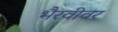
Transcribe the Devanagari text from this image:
भैरवीवर